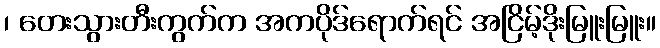
၊ တေးသွားတီးကွက်က အကပိုဒ်ရောက်ရင် အငြိမ့်ဒိုးမြူးမြူး။